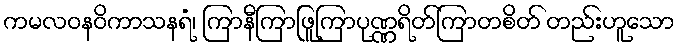
ကမလဝနဝိကာသနရံ၊ ကြာနီကြာဖြူကြာပုဏ္ဏရိတ်ကြာတစိတ် တည်းဟူသော